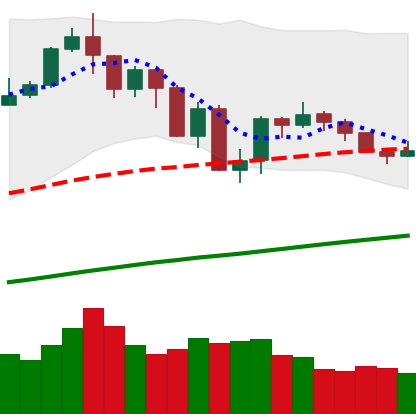
Ticker: BTC-USD
Chart end date: 2019-07-25
Forward return: -3.071%
Label: down_3_5